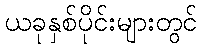
ယခုနှစ်ပိုင်းများတွင်